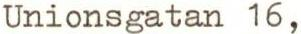
Unionsgatan 16,